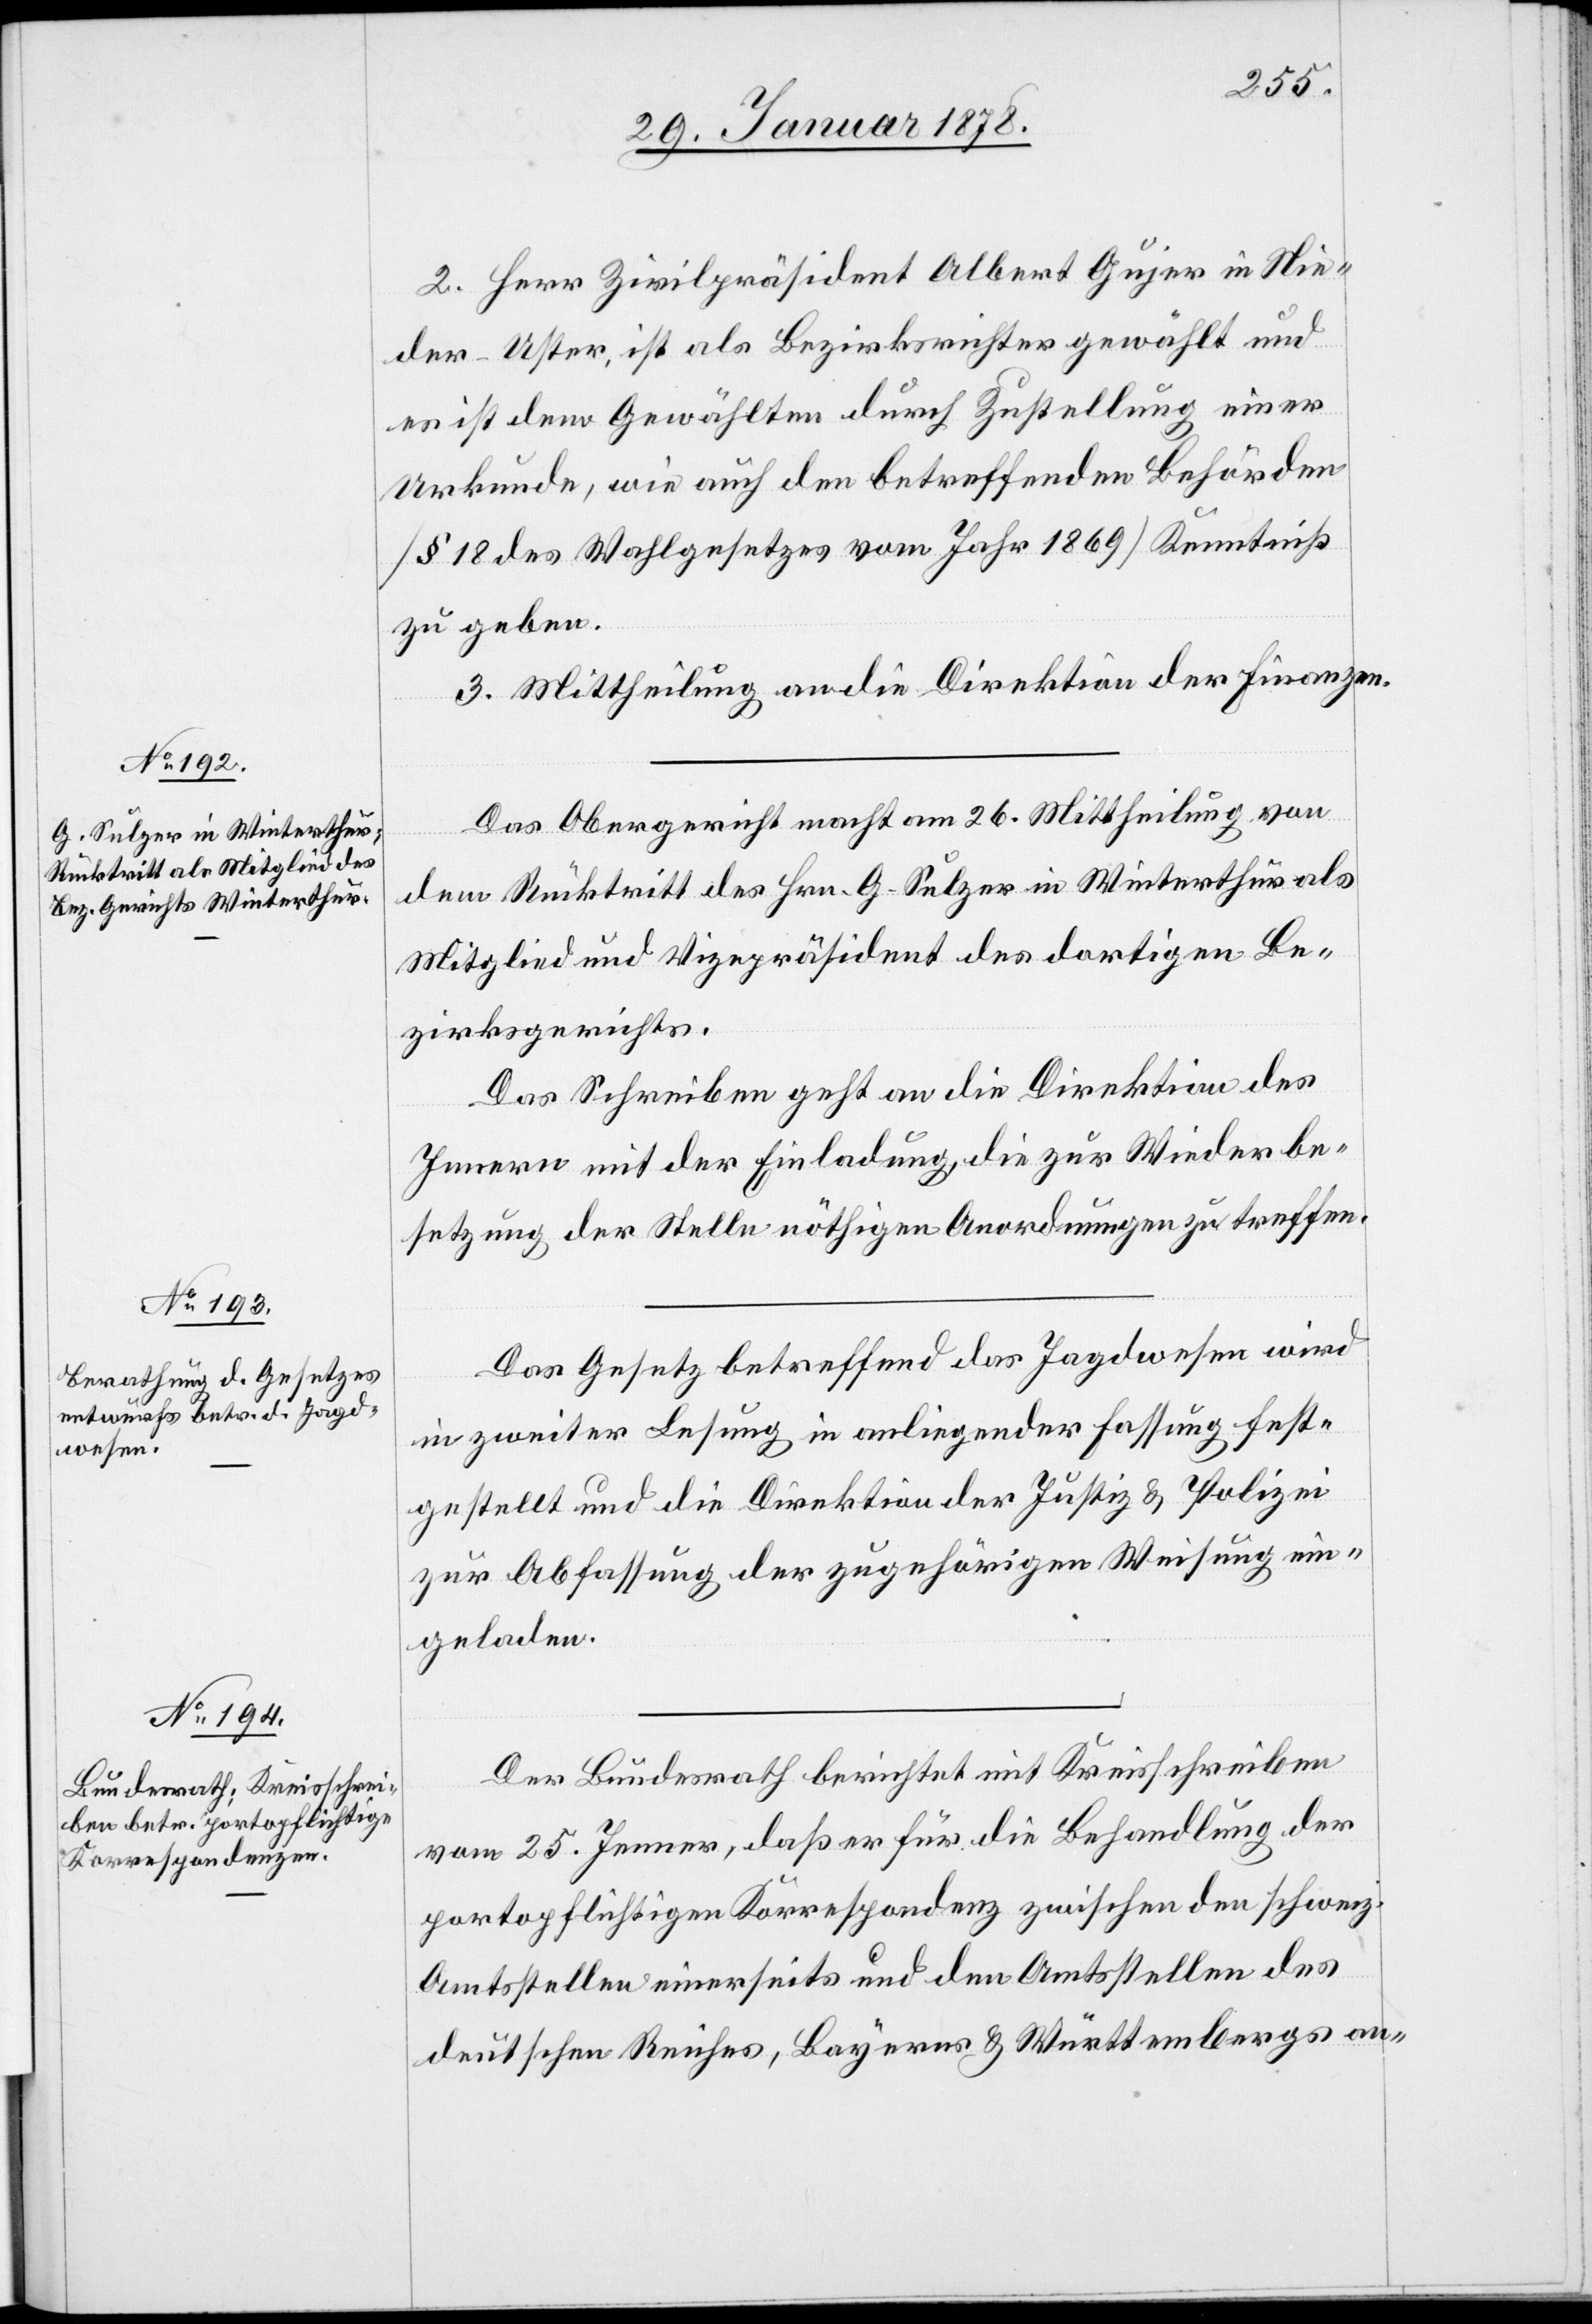
2. Herr Zivilpräsident Albert Gujer in Nie¬
der-Uster, ist als Bezirksrichter gewählt und
es ist dem Gewählten durch Zustellung einer
Urkunde, wie auch den betreffenden Behörden
(§ 18 des Wahlgesetzes vom Jahr 1869) Kenntniß
zu geben.
3. Mittheilung an die Direktion der Finanzen.
Das Obergericht macht am 26. Mittheilung von
dem Rücktritt des Hrn. G. Sulzer in Winterthur als
Mitglied und Vizepräsident des dortigen Be¬
zirksgerichtes.
Das Schreiben geht an die Direktion des
Innern mit der Einladung, die zur Wiederbe¬
setzung der Stelle nöthigen Anordnungen zu treffen.
Das Gesetz betreffend das Jagdwesen wird
in zweiter Lesung in anliegender Fassung fest¬
gestellt und die Direktion der Justiz & Polizei
zur Abfassung der zugehörigen Weisung ein¬
geladen.
Der Bundesrath berichtet mit Kreisschreiben
vom 25. Jenner, daß er für die Behandlung der
portopflichtigen Korrespondenz zwischen den schweiz.
Amtstellen einerseits und den Amtsstellen des
deutschen Reiches, Bayerns & Württembergs an-